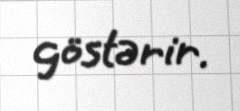
göstərir.